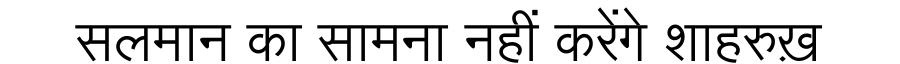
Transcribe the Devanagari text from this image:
सलमान का सामना नहीं करेंगे शाहरुख़